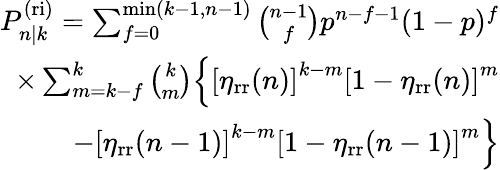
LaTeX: \begin{array}{r}{P_{n|k}^{\mathrm{(ri)}}=\sum_{f=0}^{\operatorname*{min}(k-1,n-1)}\binom{n-1}{f}p^{n-f-1}(1-p)^{f}}\\ {\times\sum_{m=k-f}^{k}\binom{k}{m}\Big\{ \left[\eta_{\mathrm{rr}}(n)\right]^{k-m}\left[1-\eta_{\mathrm{rr}}(n)\right]^{m}}\\ {-\left[\eta_{\mathrm{rr}}(n-1)\right]^{k-m}\left[1-\eta_{\mathrm{rr}}(n-1)\right]^{m}\Big\} }\end{array}